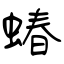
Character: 蝽